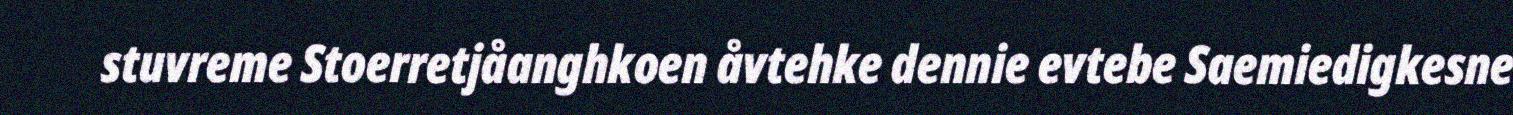
stuvreme Stoerretjåanghkoen åvtehke dennie evtebe Saemiedigkesne